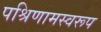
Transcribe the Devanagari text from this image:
पश्रिणामस्वरूप